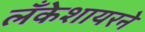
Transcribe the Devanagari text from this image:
लँकेशायरने